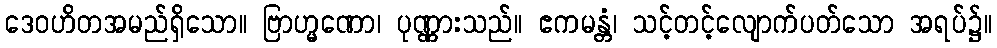
ဒေဝဟိတအမည်ရှိသော။ ဗြာဟ္မဏော၊ ပုဏ္ဏားသည်။ ဧကမန္တံ၊ သင့်တင့်လျောက်ပတ်သော အရပ်၌။